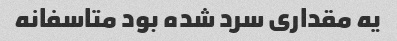
یه مقداری سرد شده بود متاسفانه